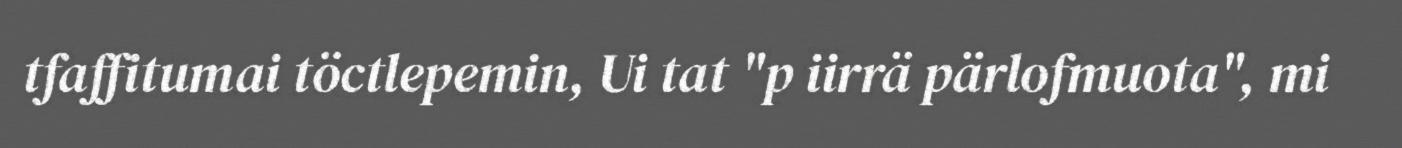
tfaffitumai töctlepemin, Ui tat "p iirrä pärlofmuota", mi